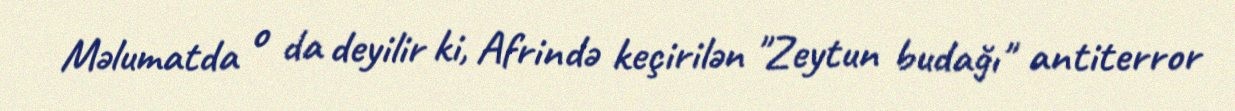
Məlumatda o da deyilir ki, Afrində keçirilən "Zeytun budağı" antiterror